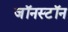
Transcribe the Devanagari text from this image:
जॉनस्टॉन